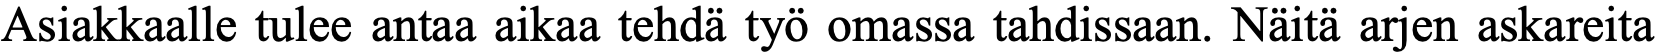
Asiakkaalle tulee antaa aikaa tehdä työ omassa tahdissaan. Näitä arjen askareita